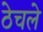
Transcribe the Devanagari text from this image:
ठेचले